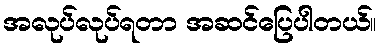
အလုပ်လုပ်ရတာ အဆင်ပြေပါတယ်။